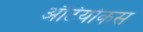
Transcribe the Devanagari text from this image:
अँटियोकस